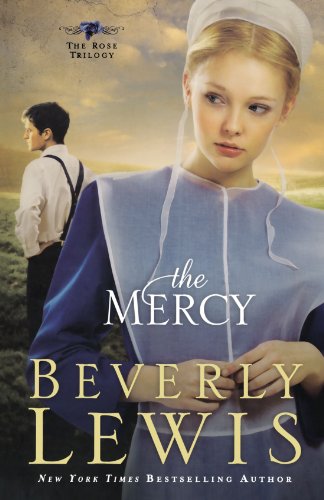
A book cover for The Mercy (The Rose Trilogy, Book 3) (Volume 3); Beverly Lewis; Christian Books & Bibles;